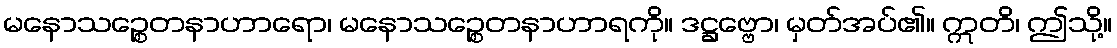
မနောသဉ္စေတနာဟာရော၊ မနောသဉ္စေတနာဟာရကို။ ဒဋ္ဌဗ္ဗော၊ မှတ်အပ်၏။ ဣတိ၊ ဤသို့။